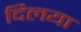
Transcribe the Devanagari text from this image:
दिलया